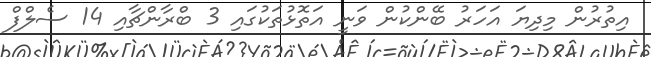
އިތުރުން މިދިޔަ އަހަރު ބޭންކުން ވަނީ އަތޮޅުތަކުގައި 3 ބްރާންޗާއި 14 ސެލްފް